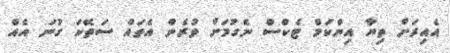
އެއިރަށް ތިޔާ އިންކަމް ޓެކްސް ނެގުމަށް ވުރެން އެތައް ސަތޭކަ ގުނަ އެއް